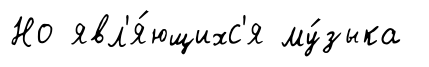
Но явл'я́ющихс'я му́зыка